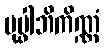
ပုပ္ဖါဘိကိဏ္ဏံ